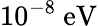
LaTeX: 10^{-8}~\mathrm{eV}